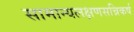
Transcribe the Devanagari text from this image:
सामान्यलक्षणसन्निकर्ष